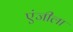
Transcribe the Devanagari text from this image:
एंजीला